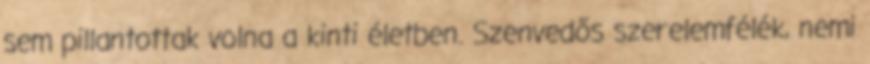
sem pillantottak volna a kinti életben. Szenvedős szerelemfélék, nemi